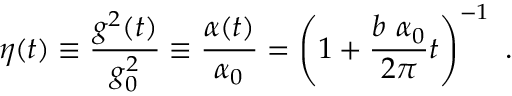
\eta ( t ) \equiv { \frac { g ^ { 2 } ( t ) } { g _ { 0 } ^ { 2 } } } \equiv { \frac { \alpha ( t ) } { \alpha _ { 0 } } } = \left( 1 + { \frac { b ~ \alpha _ { 0 } } { 2 \pi } } t \right) ^ { - 1 } ~ .